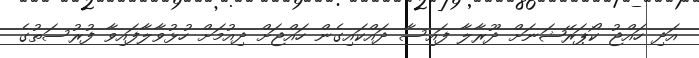
އަދި ހައްޖު ކޯޕަރޭޝަނަށް ދޫރާލާ ފައިސާ ދައްކައިގެން ހައްޖަށް ދިއުމަށް ހުޅުވާލާފައިވާ ފުރުސަތުގެ